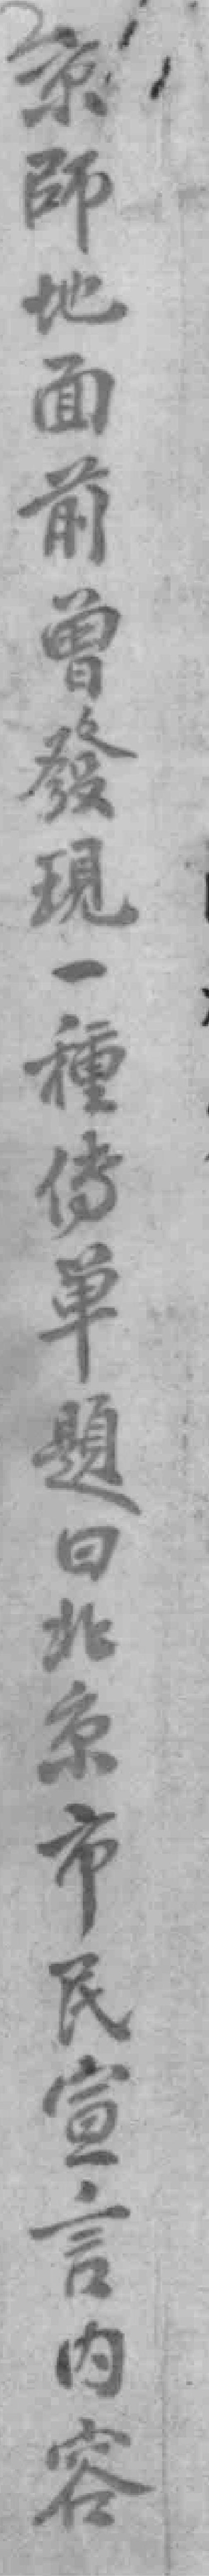
京師地面前曾發現一種傳單題曰北京市民宣言內容